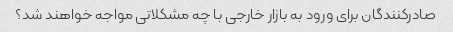
صادرکنندگان برای ورود به بازار خارجی با چه مشکلاتی مواجه خواهند شد؟